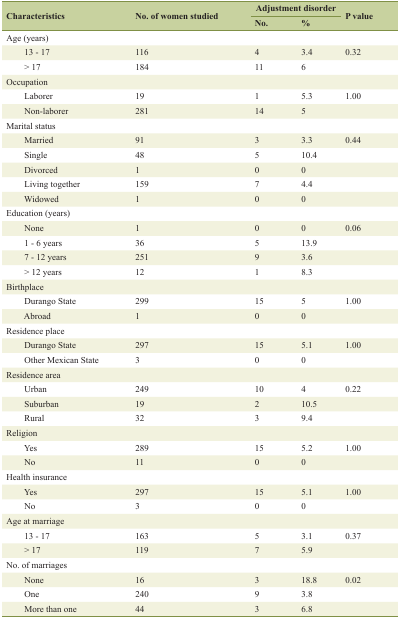
| <ROWSPAN=2> Characteristics | <ROWSPAN=2> No. of women studied | <COLSPAN=2> Adjustment disorder | <ROWSPAN=2> P value |
 | No. | % |
 | --- | --- | --- | --- | --- |
 | Age (years) |  |  |  |  |
 | 13 - 17 | 116 | 4 | 3.4 | 0.32 |
 | > 17 | 184 | 11 | 6 |  |
 | Occupation |  |  |  |  |
 | Laborer | 19 | 1 | 5.3 | 1.00 |
 | Non-laborer | 281 | 14 | 5 |  |
 | Marital status |  |  |  |  |
 | Married | 91 | 3 | 3.3 | 0.44 |
 | Single | 48 | 5 | 10.4 |  |
 | Divorced | 1 | 0 | 0 |  |
 | Living together | 159 | 7 | 4.4 |  |
 | Widowed | 1 | 0 | 0 |  |
 | Education (years) |  |  |  |  |
 | None | 1 | 0 | 0 | 0.06 |
 | 1 - 6 years | 36 | 5 | 13.9 |  |
 | 7 - 12 years | 251 | 9 | 3.6 |  |
 | > 12 years | 12 | 1 | 8.3 |  |
 | Birthplace |  |  |  |  |
 | Durango State | 299 | 15 | 5 | 1.00 |
 | Abroad | 1 | 0 | 0 |  |
 | Residence place |  |  |  |  |
 | Durango State | 297 | 15 | 5.1 | 1.00 |
 | Other Mexican State | 3 | 0 | 0 |  |
 | Residence area |  |  |  |  |
 | Urban | 249 | 10 | 4 | 0.22 |
 | Suburban | 19 | 2 | 10.5 |  |
 | Rural | 32 | 3 | 9.4 |  |
 | Religion |  |  |  |  |
 | Yes | 289 | 15 | 5.2 | 1.00 |
 | No | 11 | 0 | 0 |  |
 | Health insurance |  |  |  |  |
 | Yes | 297 | 15 | 5.1 | 1.00 |
 | No | 3 | 0 | 0 |  |
 | Age at marriage |  |  |  |  |
 | 13 - 17 | 163 | 5 | 3.1 | 0.37 |
 | > 17 | 119 | 7 | 5.9 |  |
 | No. of marriages |  |  |  |  |
 | None | 16 | 3 | 18.8 | 0.02 |
 | One | 240 | 9 | 3.8 |  |
 | More than one | 44 | 3 | 6.8 |  |